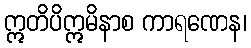
ဣတိပိဣမိနာစ ကာရဏေန၊